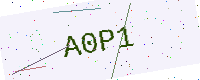
Text: A0P1